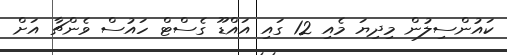
ކައުންސިލުން މިދިޔަ މެއި 12 ގައި އައްޑޫ ގެސްޓް ހައުސް ވެންޗާ އަށް